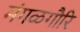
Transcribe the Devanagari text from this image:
मंगळगौरि